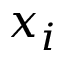
x _ { i }